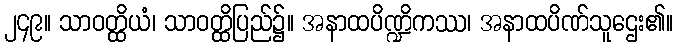
၂၄၉။ သာဝတ္ထိယံ၊ သာဝတ္ထိပြည်၌။ အနာထပိဏ္ဍိကဿ၊ အနာထပိဏ်သူဌေး၏။